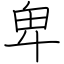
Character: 卑